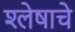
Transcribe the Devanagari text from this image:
श्लेषाचे